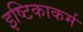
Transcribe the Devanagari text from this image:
इष्टिकाकर्म